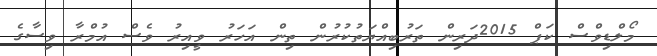
މޯލްޑިވްސް ކަޕް 2015ދަރިން ތަރުބިއްޔަތުކުރުން ތިން އަހަރު ވީއިރު ވެސް އުމްރާ ވިސާގެ